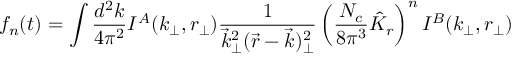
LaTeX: f _ { n } ( t ) = \int { \frac { d ^ { 2 } k } { 4 \pi ^ { 2 } } } I ^ { A } ( k _ { \perp } , r _ { \perp } ) { \frac { 1 } { \vec { k } _ { \perp } ^ { 2 } ( \vec { r } - \vec { k } ) _ { \perp } ^ { 2 } } } \left( { \frac { N _ { c } } { 8 \pi ^ { 3 } } } \hat { K } _ { r } \right) ^ { n } I ^ { B } ( k _ { \perp } , r _ { \perp } )